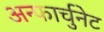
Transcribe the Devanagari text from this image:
अन्फार्चुनेट